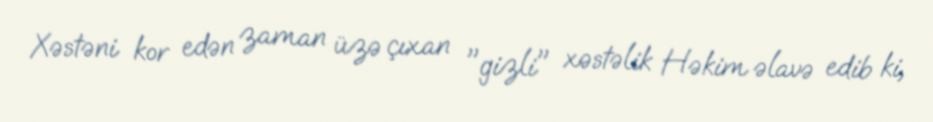
Xəstəni kor edən zaman üzə çıxan "gizli" xəstəlik Həkim əlavə edib ki,